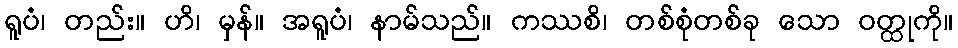
ရူပံ၊ တည်း။ ဟိ၊ မှန်။ အရူပံ၊ နာမ်သည်။ ကဿစိ၊ တစ်စုံတစ်ခု သော ဝတ္ထုကို။